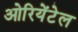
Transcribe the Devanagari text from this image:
ओरियेंटेल